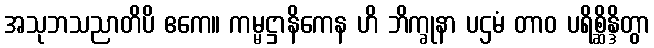
အသုဘသညာတိပိ ဧကေ။ ကမ္မဋ္ဌာနိကေန ဟိ ဘိက္ခုနာ ပဌမံ တာဝ ပရိစ္ဆိန္ဒိတွာ